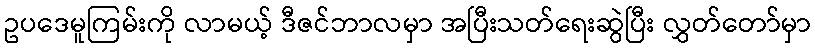
ဥပဒေမူကြမ်းကို လာမယ့် ဒီဇင်ဘာလမှာ အပြီးသတ်ရေးဆွဲပြီး လွှတ်တော်မှာ